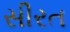
સીરત